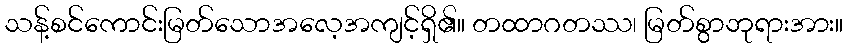
သန့်စင်ကောင်းမြတ်သောအလေ့အကျင့်ရှိ၏။ တထာဂတဿ၊ မြတ်စွာဘုရားအား။